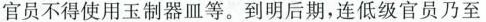
官员不得使用玉制器皿等。到明后期，连低级官员乃至